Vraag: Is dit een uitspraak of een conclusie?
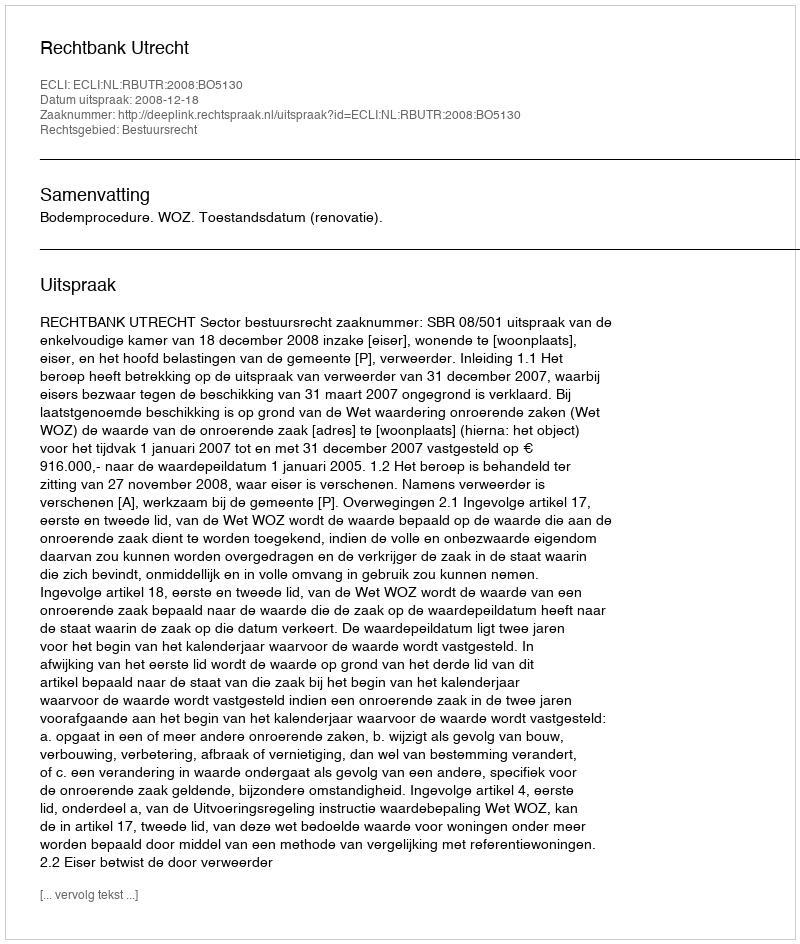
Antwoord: Uitspraak